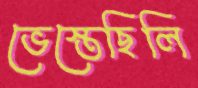
ভেস্তেছিলি